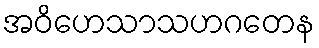
အဝိဟေသာသဟဂတေန